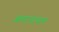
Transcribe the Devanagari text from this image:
जनानाधन